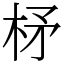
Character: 柕